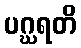
ပဂ္ဃရတိ